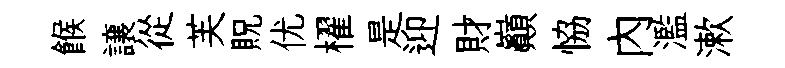
餱譲從芙貺优櫂是迎財巔恊內濫漱